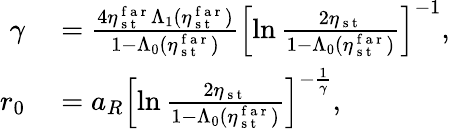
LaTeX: \begin{array}{rl}{\gamma}&{{}=\frac{4\eta_{\mathrm{~s~t~}}^{\mathrm{~f~a~r~}}\Lambda_{1}(\eta_{\mathrm{~s~t~}}^{\mathrm{~f~a~r~}})}{1-\Lambda_{0}(\eta_{\mathrm{~s~t~}}^{\mathrm{~f~a~r~}})}\left[\ln\frac{2\eta_{\mathrm{~s~t~}}}{1-\Lambda_{0}(\eta_{\mathrm{~s~t~}}^{\mathrm{~f~a~r~}})}\right]^{-1},}\\ {r_{0}}&{{}=a_{R}\left[\ln\frac{2\eta_{\mathrm{~s~t~}}}{1-\Lambda_{0}(\eta_{\mathrm{~s~t~}}^{\mathrm{~f~a~r~}})}\right]^{-\frac{1}{\gamma}},}\end{array}